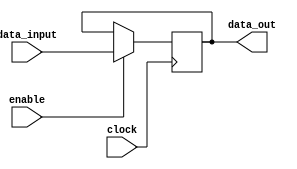
module level_sensitive_latch (
    input wire data_input,
    input wire enable,
    input wire clock,
    output reg data_out
);

always @ (posedge clock)
begin
    if (enable)
        data_out <= data_input;
end

endmodule